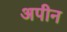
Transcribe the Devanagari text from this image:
अपीन